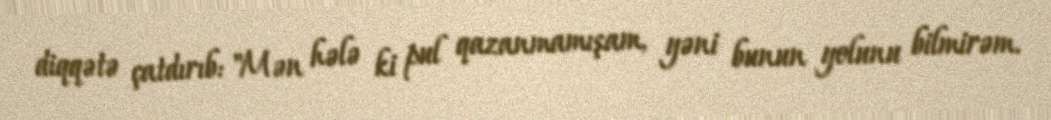
diqqətə çatdırıb: "Mən hələ ki pul qazanmamışam, yəni bunun yolunu bilmirəm.